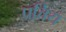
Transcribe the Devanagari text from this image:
पत्तिय